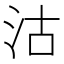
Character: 沽